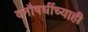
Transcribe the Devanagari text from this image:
वनौषधींच्याही